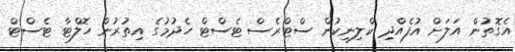
އެގޮތުން އަލަށް އުފެއްދި ކްލިނިކުން ސްޓްރެސް ޓެސްޓް ހެދުމުގެ އިތުރުން ހޮލްޓާ ޓެސްޓް